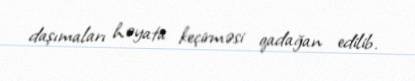
daşımaları həyata keçirməsi qadağan edilib.